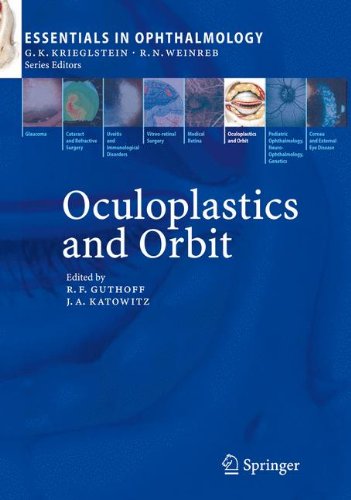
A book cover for Oculoplastics and Orbit (Essentials in Ophthalmology); Medical Books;